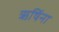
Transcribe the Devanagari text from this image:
ऋषिंना